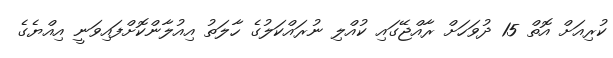
ކުރިއަށް އޮތް 15 ދުވަހަށް ރާއްޖޭގައި ކުއްލި ނުރައްކަލުގެ ހާލަތު އިއުލާންކޮށްފައިވަނީ އިއްޔެގެ